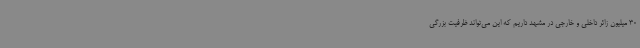
30 میلیون زائر داخلی و خارجی در مشهد داریم که این می‌تواند ظرفیت بزرگی